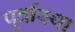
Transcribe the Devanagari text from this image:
पूर्वास्था